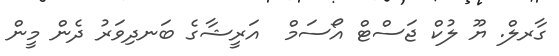
ގާރލް. ޔޫ ލުކް ޖަސްޓް އޯސަމް  އަރީޝާގެ ބަނދިވަރު ދެން މީން